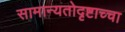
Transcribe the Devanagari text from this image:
सामान्यतोदृष्टाच्चा